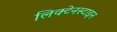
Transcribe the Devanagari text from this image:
लिक्टेनस्टाइन